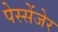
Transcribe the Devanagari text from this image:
पेस्सेंजेर